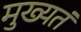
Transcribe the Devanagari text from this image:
मुख्यतं